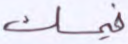
فيمسك